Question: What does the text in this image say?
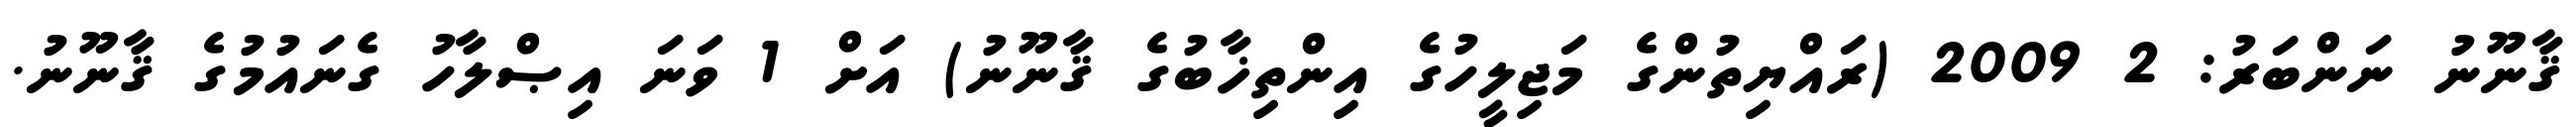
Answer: ޤާނޫނު ނަންބަރު: 2 2009 (ރައްޔިތުންގެ މަޖިލީހުގެ އިންތިޚާބުގެ ޤާނޫނު) އަށް 1 ވަނަ އިޞްލާހު ގެނައުމުގެ ޤާނޫނު.